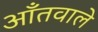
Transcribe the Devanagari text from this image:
आँतवाले